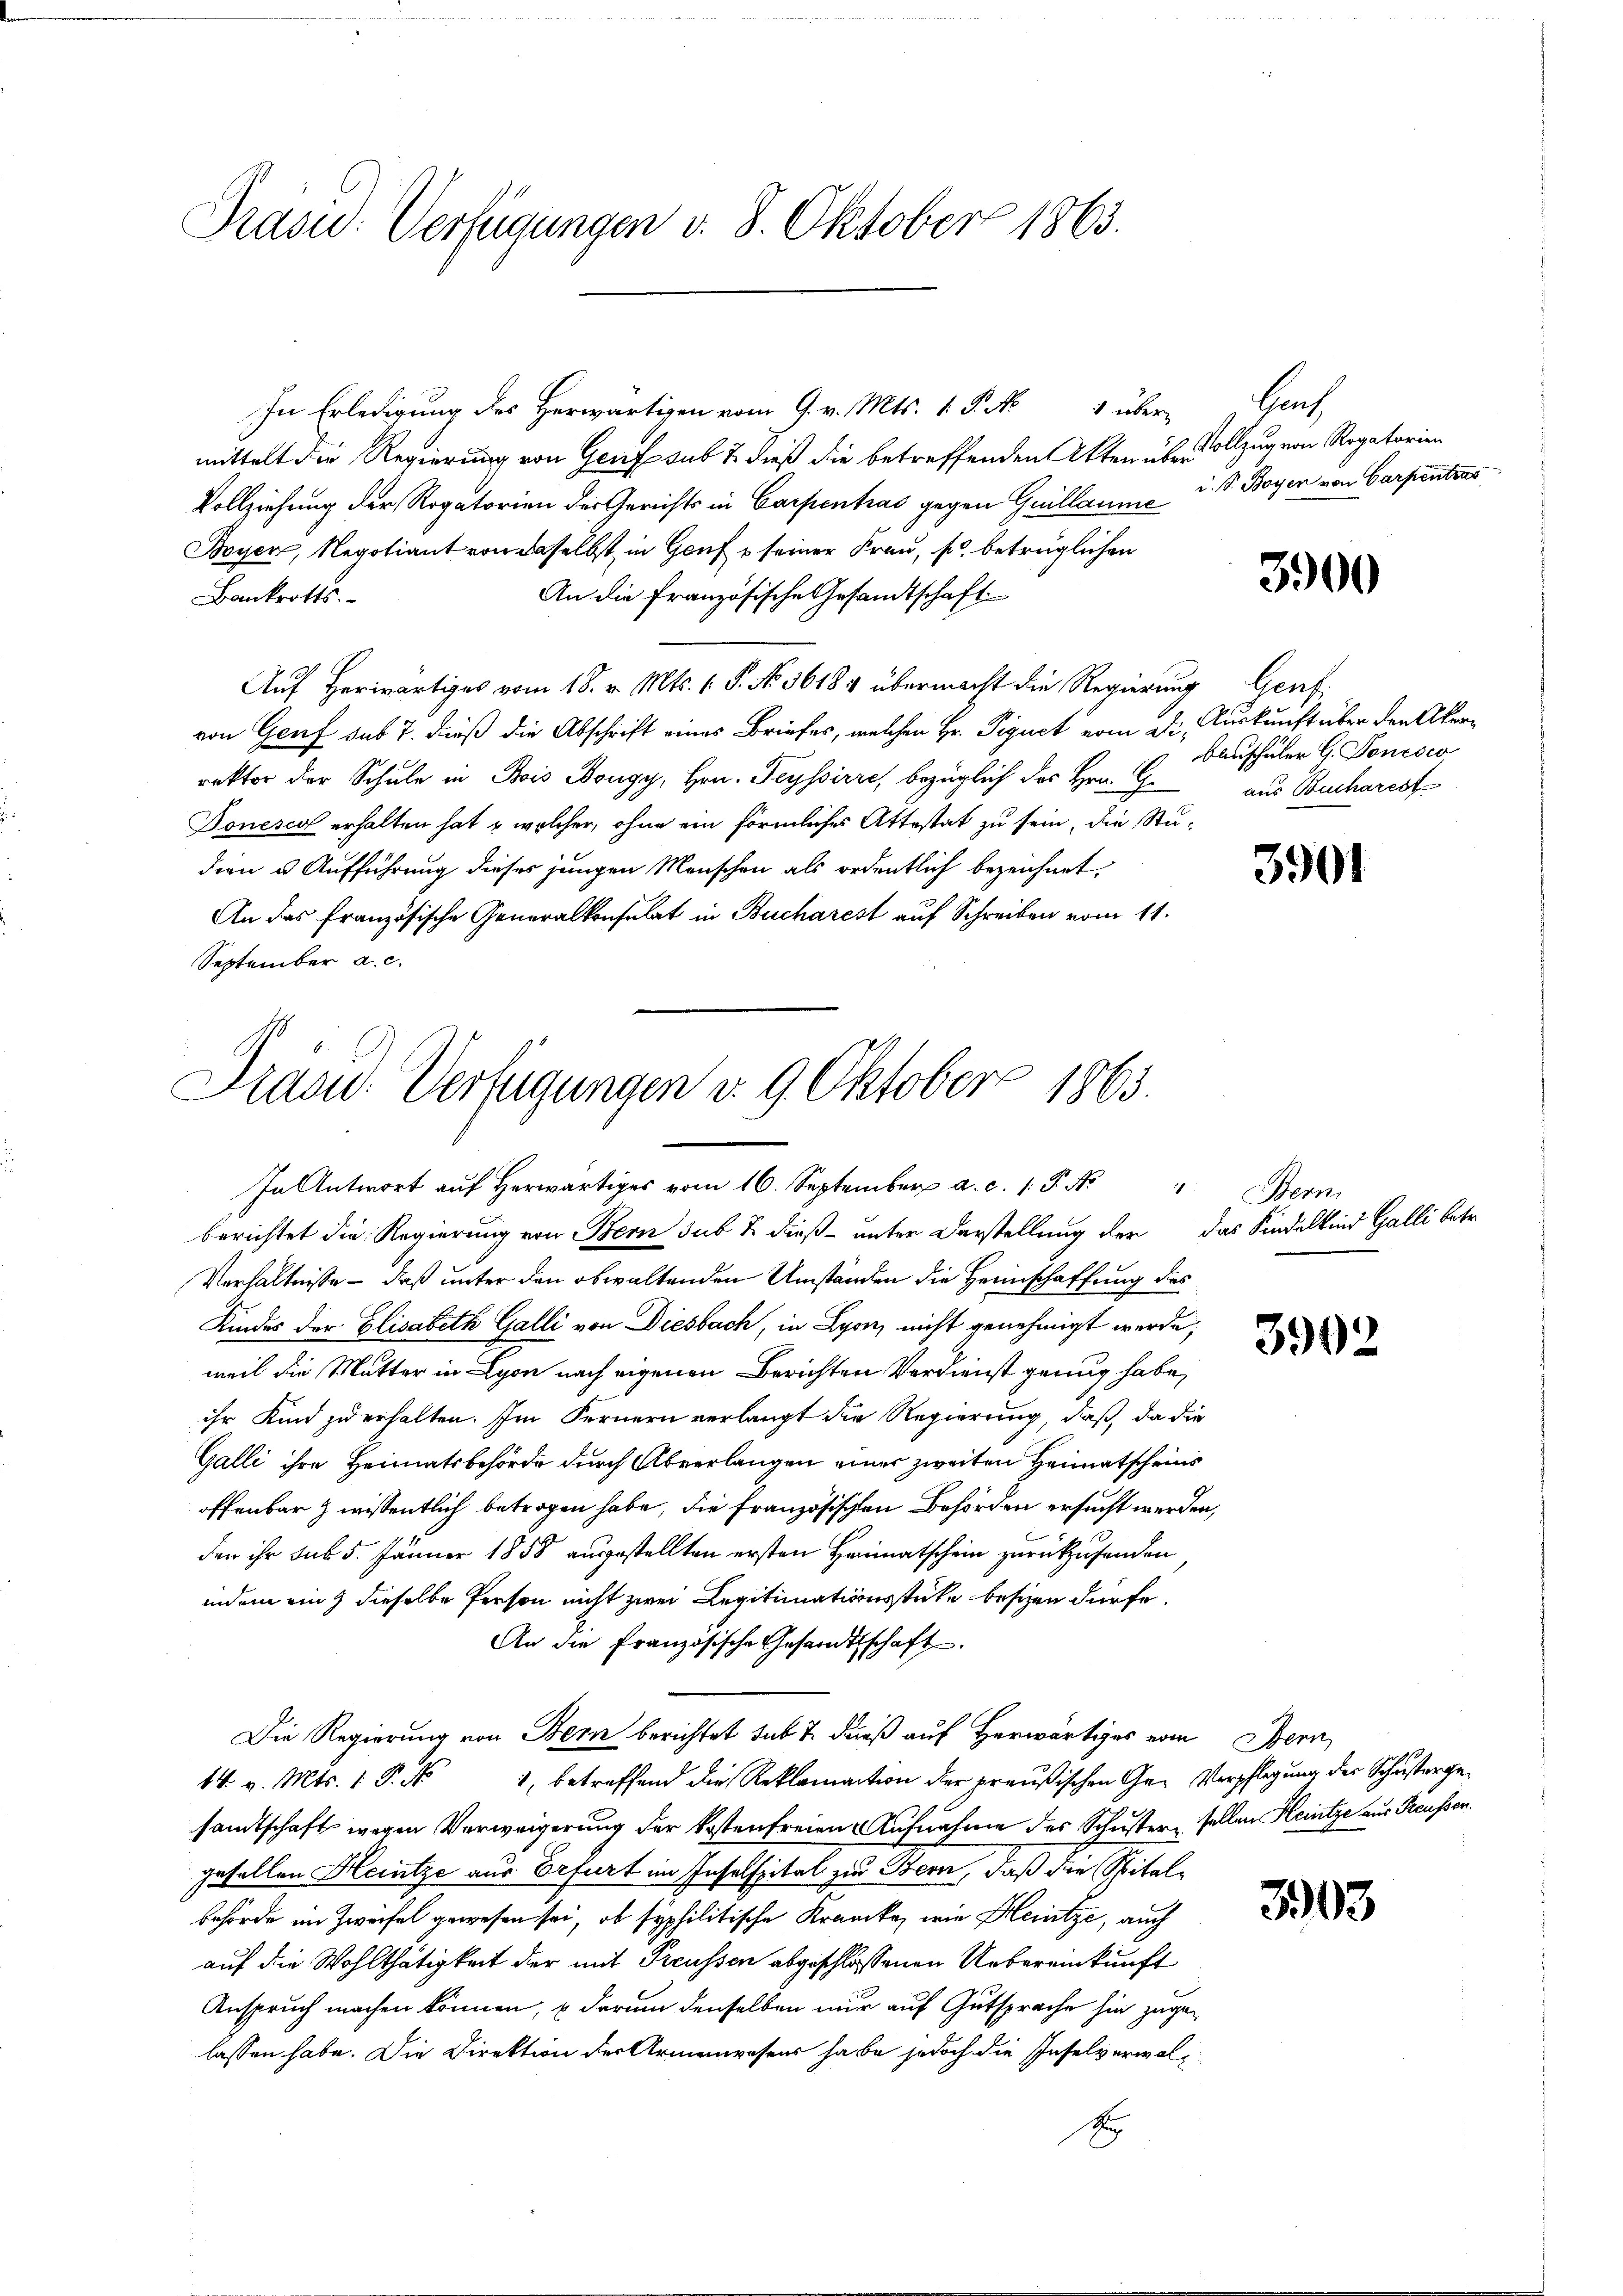
Präsid.: Verfügungen v. 8. Oktober 1863.

In Erledigung des Herwärtigen vom 9. v. Mts. 1. P. No 1 über Genf
mittelt die Regierung von Genf sub 2 dieß die betreffenden Akten über Vollzug von Rogatorien
Vollziehung der Rogatorien der Gerichts in Carpentras gegen Guillaume u. S. Boyer von Carpenters
Boyen, Negotiant von daselbst in Genf u seiner Frau, so betrüglichen
An die französische Gesamtschaft
Bankrotts.
Auf Herwärtiges vom 18. v. Mts. 1. P. No. 3618. übermacht die Regierung Genf
von Genf sub 7. dieß die Abschrift eines Briefes, welchen Hr. Piquet vom Die Auskunft über den Akerrektor der Schule in Bois Bougy, Hrn. Teyssirre, bezüglich des Hrn. G.
Tonescal erhalten hat , welcher, ohne ein förmliches Attestat zu sein, die Studien u. Aufführung dieses jungen Menschen als ordentlich bezeichnet.
An das französische Generalkonsulat in Bucharest auf Schreiben vom 11.
September a. c.
berichtet die Regierung von Bern sub & dieß unter Darstellung der das Kindelkind Galli betr.
Verhältnisse – daß unter den obwaltenden Umständen die Heimschaffung des
Kindes der Elisabeth Galli von Diesbach, in Lyon, nicht genehmigt werde,
weil die Mutter in Lyon nach eigenen Berichten Verdienst genug habe,
ihr Kind zu erhalten. Im Fernern verlangt die Regierung, daß da die
Galli ihre Heimatsbehörde durch Abverlangen einer zweiten Heimatscheins
offenbar zwissentlich betragen habe, die französischen Behörden ersucht werden,
den ihr sub 5. Jänner 1858 ausgestellten ersten Heimatschein zurückzusenden
indem ein dieselbe Person nicht zwei Legitimationsstücke besizen dürfe.
An die Französische Gesandtschaft.
Die Regierung von Bern berichtet sub t dieß auf Herwärtiges vom Bern
1, betreffend die Reklamation der preußischen Ge- Verpflegung des Schusterge¬
14. v. Mts. 1. P.
samtschaft wegen Verweigerung der kostenfreien Aufnahme des Schuster sollen Heintze aus Reussen.
gesellen Heintze aus Erfurt im Insalssital zur Bern, daß die Spitalbehörde im Zweifel gewesen sei, ob syphilitische Krancke, wie Heitze, auch
auf die Wohlthätigkeit der mit Preussen abgeschlossenen Uebereinkunft
Anspruch machen können, u darum denselben nur auf Gutsprache hin zugelassen habe. Die Direktion der Armenwesens habe jedoch die Inselverwal¬
S

Dracu- Verfügungen v. 9. Oktober 1863.
In Antwort aŭf herwärtig vom 16. September a. c. 1. J. N. " Bern

3900

Bauschüler G. Tonesco
aus Bucharest

3901

3902

303